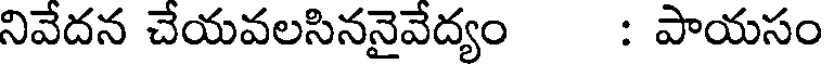
నివేదన చేయవలసిననైవేద్యం : పాయసం